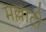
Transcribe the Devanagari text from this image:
मल्लादी